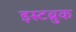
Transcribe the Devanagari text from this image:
इस्टब्रुक